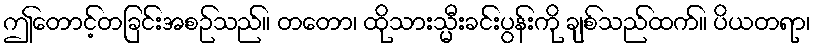
ဤတောင့်တခြင်းအစဉ်သည်။ တတော၊ ထိုသားသ္မီးခင်းပွန်းကို ချစ်သည်ထက်။ ပိယတရာ၊